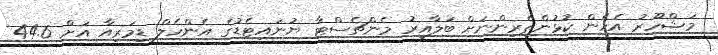
މަޝްހޫރު އެހެން ކުޅުންތެރިންނަށް ބަލާއިރު މެންޗެސްޓާ ޔުނައިޓެޑުގެ އެންހެލް ޑިމަރިއާ އަށް 44.6